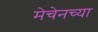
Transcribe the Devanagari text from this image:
मेचेनच्या